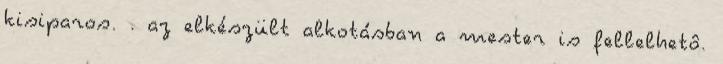
kisiparos. . az elkészült alkotásban a mester is fellelhetô.